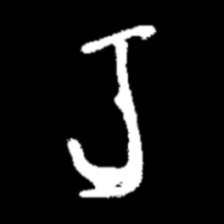
Pyu character \u2014 Myanmar letter: ရ (romanized: ra)